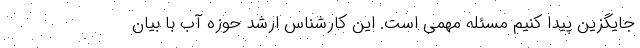
جایگزین پیدا کنیم مسئله مهمی است. این کارشناس ارشد حوزه آب با بیان